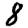
Digit: 8